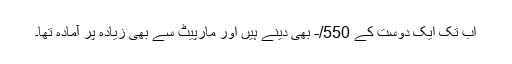
اب تک ایک دوست کے 550/- بھی دینے ہیں اور مارپیٹ سے بھی زیادہ پر آمادہ تھا۔